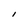
Character: I